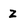
Character: Z